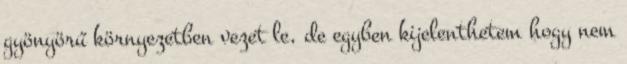
gyönyörű környezetben vezet le, de egyben kijelenthetem hogy nem